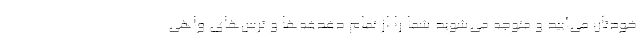
خودتان می‌آیید و متوجه می‌شوید شما را از تمام دغدغه‌ها و ترس‌های واهی